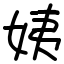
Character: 姨